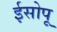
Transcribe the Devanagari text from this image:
ईसोपू